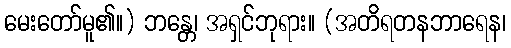
မေးတော်မူ၏။) ဘန္တေ၊ အရှင်ဘုရား။ (အတိရတနဘာရေန၊